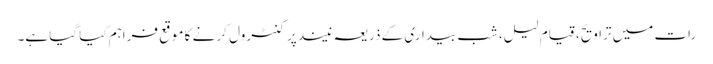
رات میں تراویح، قیامِ لیل، شب بیداری کے ذریعہ نیند پر کنٹرول کر نے کا موقع فراہم کیا گیا ہے۔